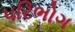
પરિભોગ